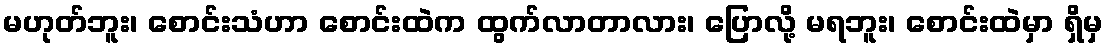
မဟုတ်ဘူး၊ စောင်းသံဟာ စောင်းထဲက ထွက်လာတာလား၊ ပြောလို့ မရဘူး၊ စောင်းထဲမှာ ရှိမှ